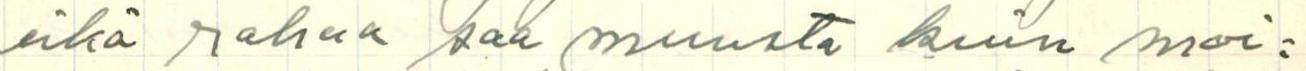
eikä rahaa saa muusta kuin mai=